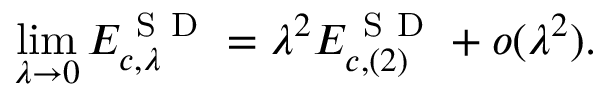
\operatorname* { l i m } _ { \lambda \to 0 } E _ { c , \lambda } ^ { \mathrm { ~ S ~ D ~ } } = \lambda ^ { 2 } E _ { c , ( 2 ) } ^ { \mathrm { ~ S ~ D ~ } } + o ( \lambda ^ { 2 } ) .